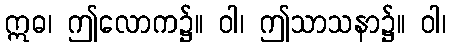
ဣဓ၊ ဤလောက၌။ ဝါ၊ ဤသာသနာ၌။ ဝါ၊